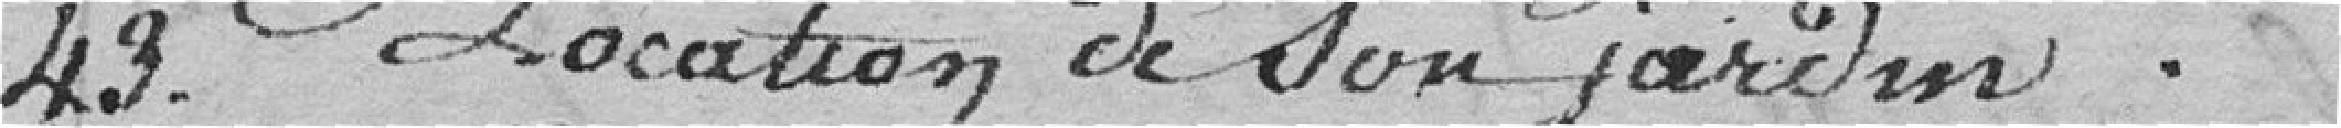
43. Location de son Jardin